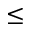
\leq